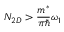
N _ { 2 D } > \frac { m ^ { * } } { \pi \hbar } \omega _ { 1 }